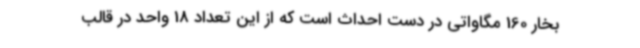
بخار 160 مگاواتی در دست احداث است که از این تعداد 18 واحد در قالب